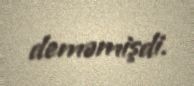
deməmişdi.